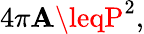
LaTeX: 4\pi\mathbf{A}\leqP^{2},